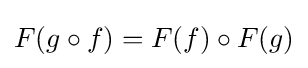
F(g\circ f)=F(f)\circ F(g)